Senior Leaving Certificate Examination (including Day School Certificate (Higher) General paper), 1947
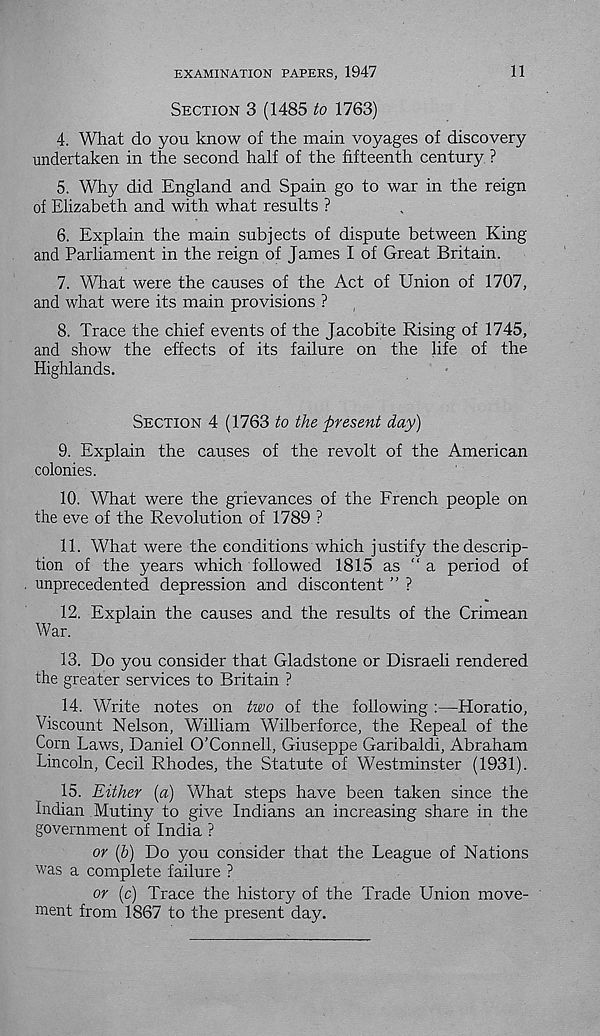
EXAMINATION PAPERS, 1947
11
SECTION 3 (1485 to 1763)
4. What do you know of the main voyages of discovery
undertaken in the second half of the fifteenth century ?
5. Why did England and Spain go to war in the reign
of Elizabeth and with what results ?
6. Explain the main subjects of dispute between King
and Parliament in the reign of James I of Great Britain.
7. What were the causes of the Act of Union of 1707,
and what were its main provisions ?
8. Trace the chief events of the Jacobite Rising of 1745,
and show the effects of its failure on the life of the
Highlands.
SECTION 4 (1763 to the present day)
9. Explain the causes of the revolt of the American
colonies.
10. What were the grievances of the French people on
the eve of the Revolution of 1789 ?
11. What were the conditions which justify the descrip-
tion of the years which followed 1815 as “a period of
unprecedented depression and discontent ” ?
12. Explain the causes and the results of the Crimean
War.
13. Do you consider that Gladstone or Disraeli rendered
the greater services to Britain ?
14. Write notes on two of the following :—Horatio,
Viscount Nelson, William Wilberforce, the Repeal of the
Corn Laws, Daniel O’Connell, Giuseppe Garibaldi, Abraham
Lincoln, Cecil Rhodes, the Statute of Westminster (1931).
15. Either [a] What steps have been taken since the
Indian Mutiny to give Indians an increasing share in the
government of India ?
or (&) Do you consider that the League of Nations
was a complete failure ?
or (c) Trace the history of the Trade Union move-
ment from 1867 to the present day.